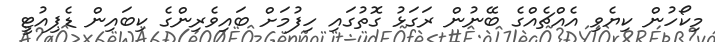
މިކޯހުން ކިޔެވި އެއްޗެއްގެ ބޭނުން ރަގަޅު ގޮތުގައި ހިފުމަށް ބައިވެރިންގެ ކިބައިން ޑެޕިއުޓީ